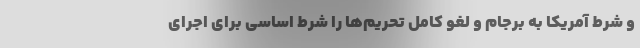
و شرط آمریکا به برجام و لغو کامل تحریم‌ها را شرط اساسی برای اجرای